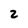
Character: 2